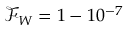
\mathcal { F } _ { W } = 1 - 1 0 ^ { - 7 }